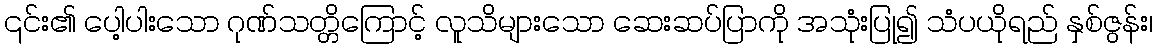
၎င်း၏ ပေါ့ပါးသော ဂုဏ်သတ္တိကြောင့် လူသိများသော ဆေးဆပ်ပြာကို အသုံးပြု၍ သံပယိုရည် နှစ်ဇွန်း၊